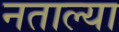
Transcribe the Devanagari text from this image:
नताल्या